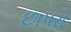
છાપરો